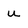
Character: u